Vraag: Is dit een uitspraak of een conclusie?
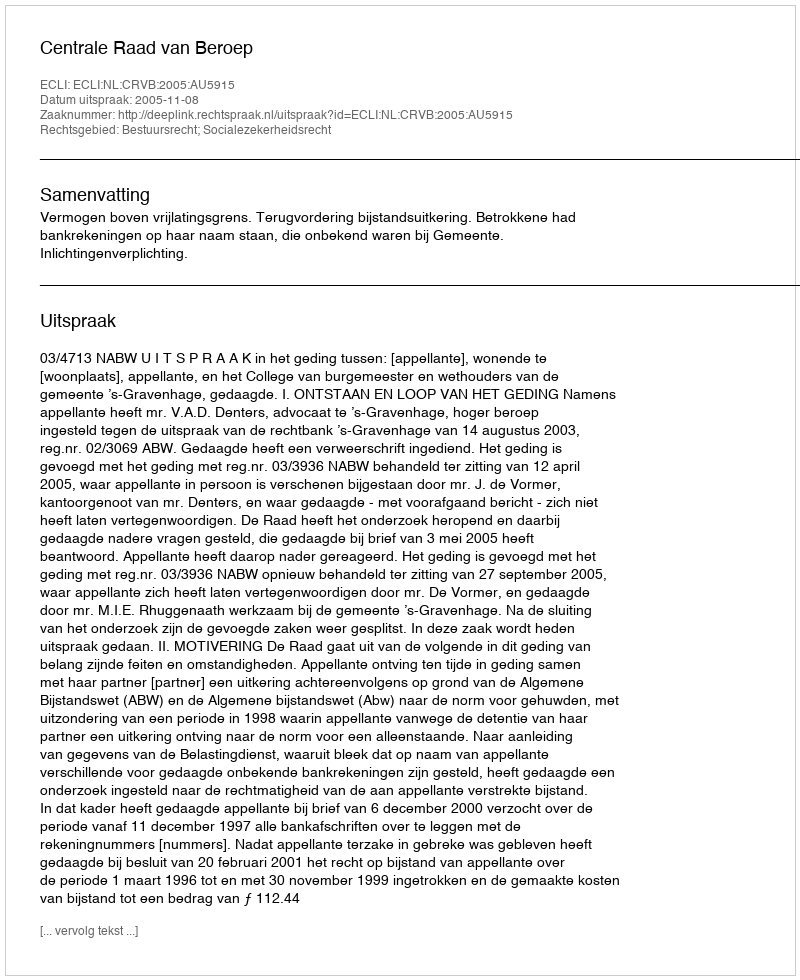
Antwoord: Uitspraak